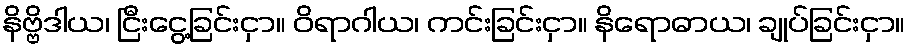
နိဗ္ဗိဒါယ၊ ငြီးငွေ့ခြင်းငှာ။ ဝိရာဂါယ၊ ကင်းခြင်းငှာ။ နိရောဓာယ၊ ချုပ်ခြင်းငှာ။